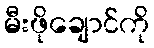
မီးဖိုချောင်ကို